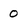
Character: 0